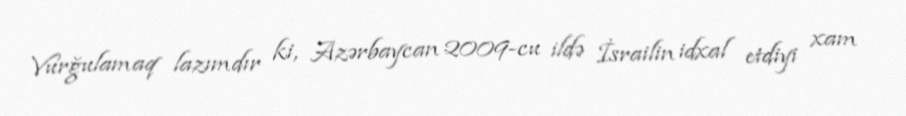
Vurğulamaq lazımdır ki, Azərbaycan 2009-cu ildə İsrailin idxal etdiyi xam